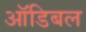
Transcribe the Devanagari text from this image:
ऑडिबल